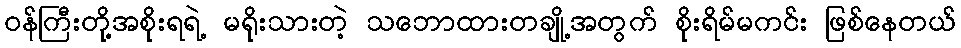
ဝန်ကြီးတို့အစိုးရရဲ့ မရိုးသားတဲ့ သဘောထားတချို့အတွက် စိုးရိမ်မကင်း ဖြစ်နေတယ်